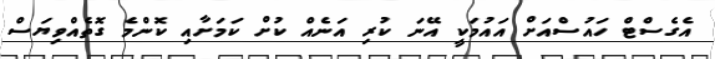
އެގެސްޓް ހައުސްއަށް އައުމަކީ އޭނަ ކުރި އަނެއް ކުށް ކަމަށާއި ކޮންމެ ގޮތެއްވިޔަސް